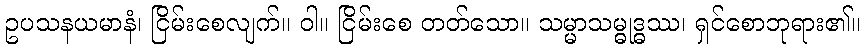
ဥပသနယမာနံ၊ ငြိမ်းစေလျက်။ ဝါ။ ငြိမ်းစေ တတ်သော။ သမ္မာသမ္ဓုဒ္ဓဿ၊ ရှင်စောဘုရား၏။